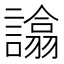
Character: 𧬈